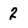
Character: 2